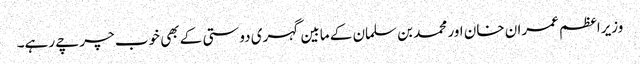
وزیراعظم عمران خان اور محمد بن سلمان کے مابین گہری دوستی کے بھی خوب چرچے رہے۔